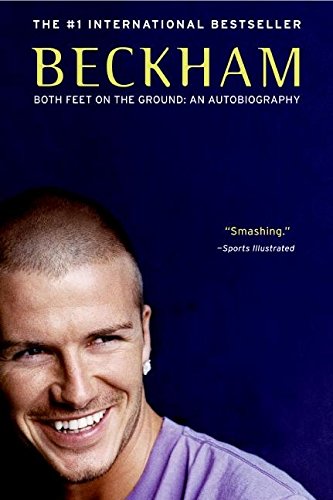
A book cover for Beckham: Both Feet on the Ground: An Autobiography; David Beckham; Biographies & Memoirs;